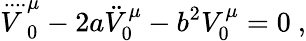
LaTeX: \stackrel{....}V_{0}^{\mu}-2a\ddot{V}_{0}^{\mu}-b^{2}V_{0}^{\mu}=0~,